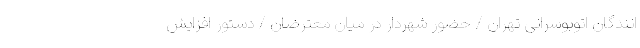
انندگان اتوبوسرانی تهران / حضور شهردار در میان معترضان / دستور افزایش